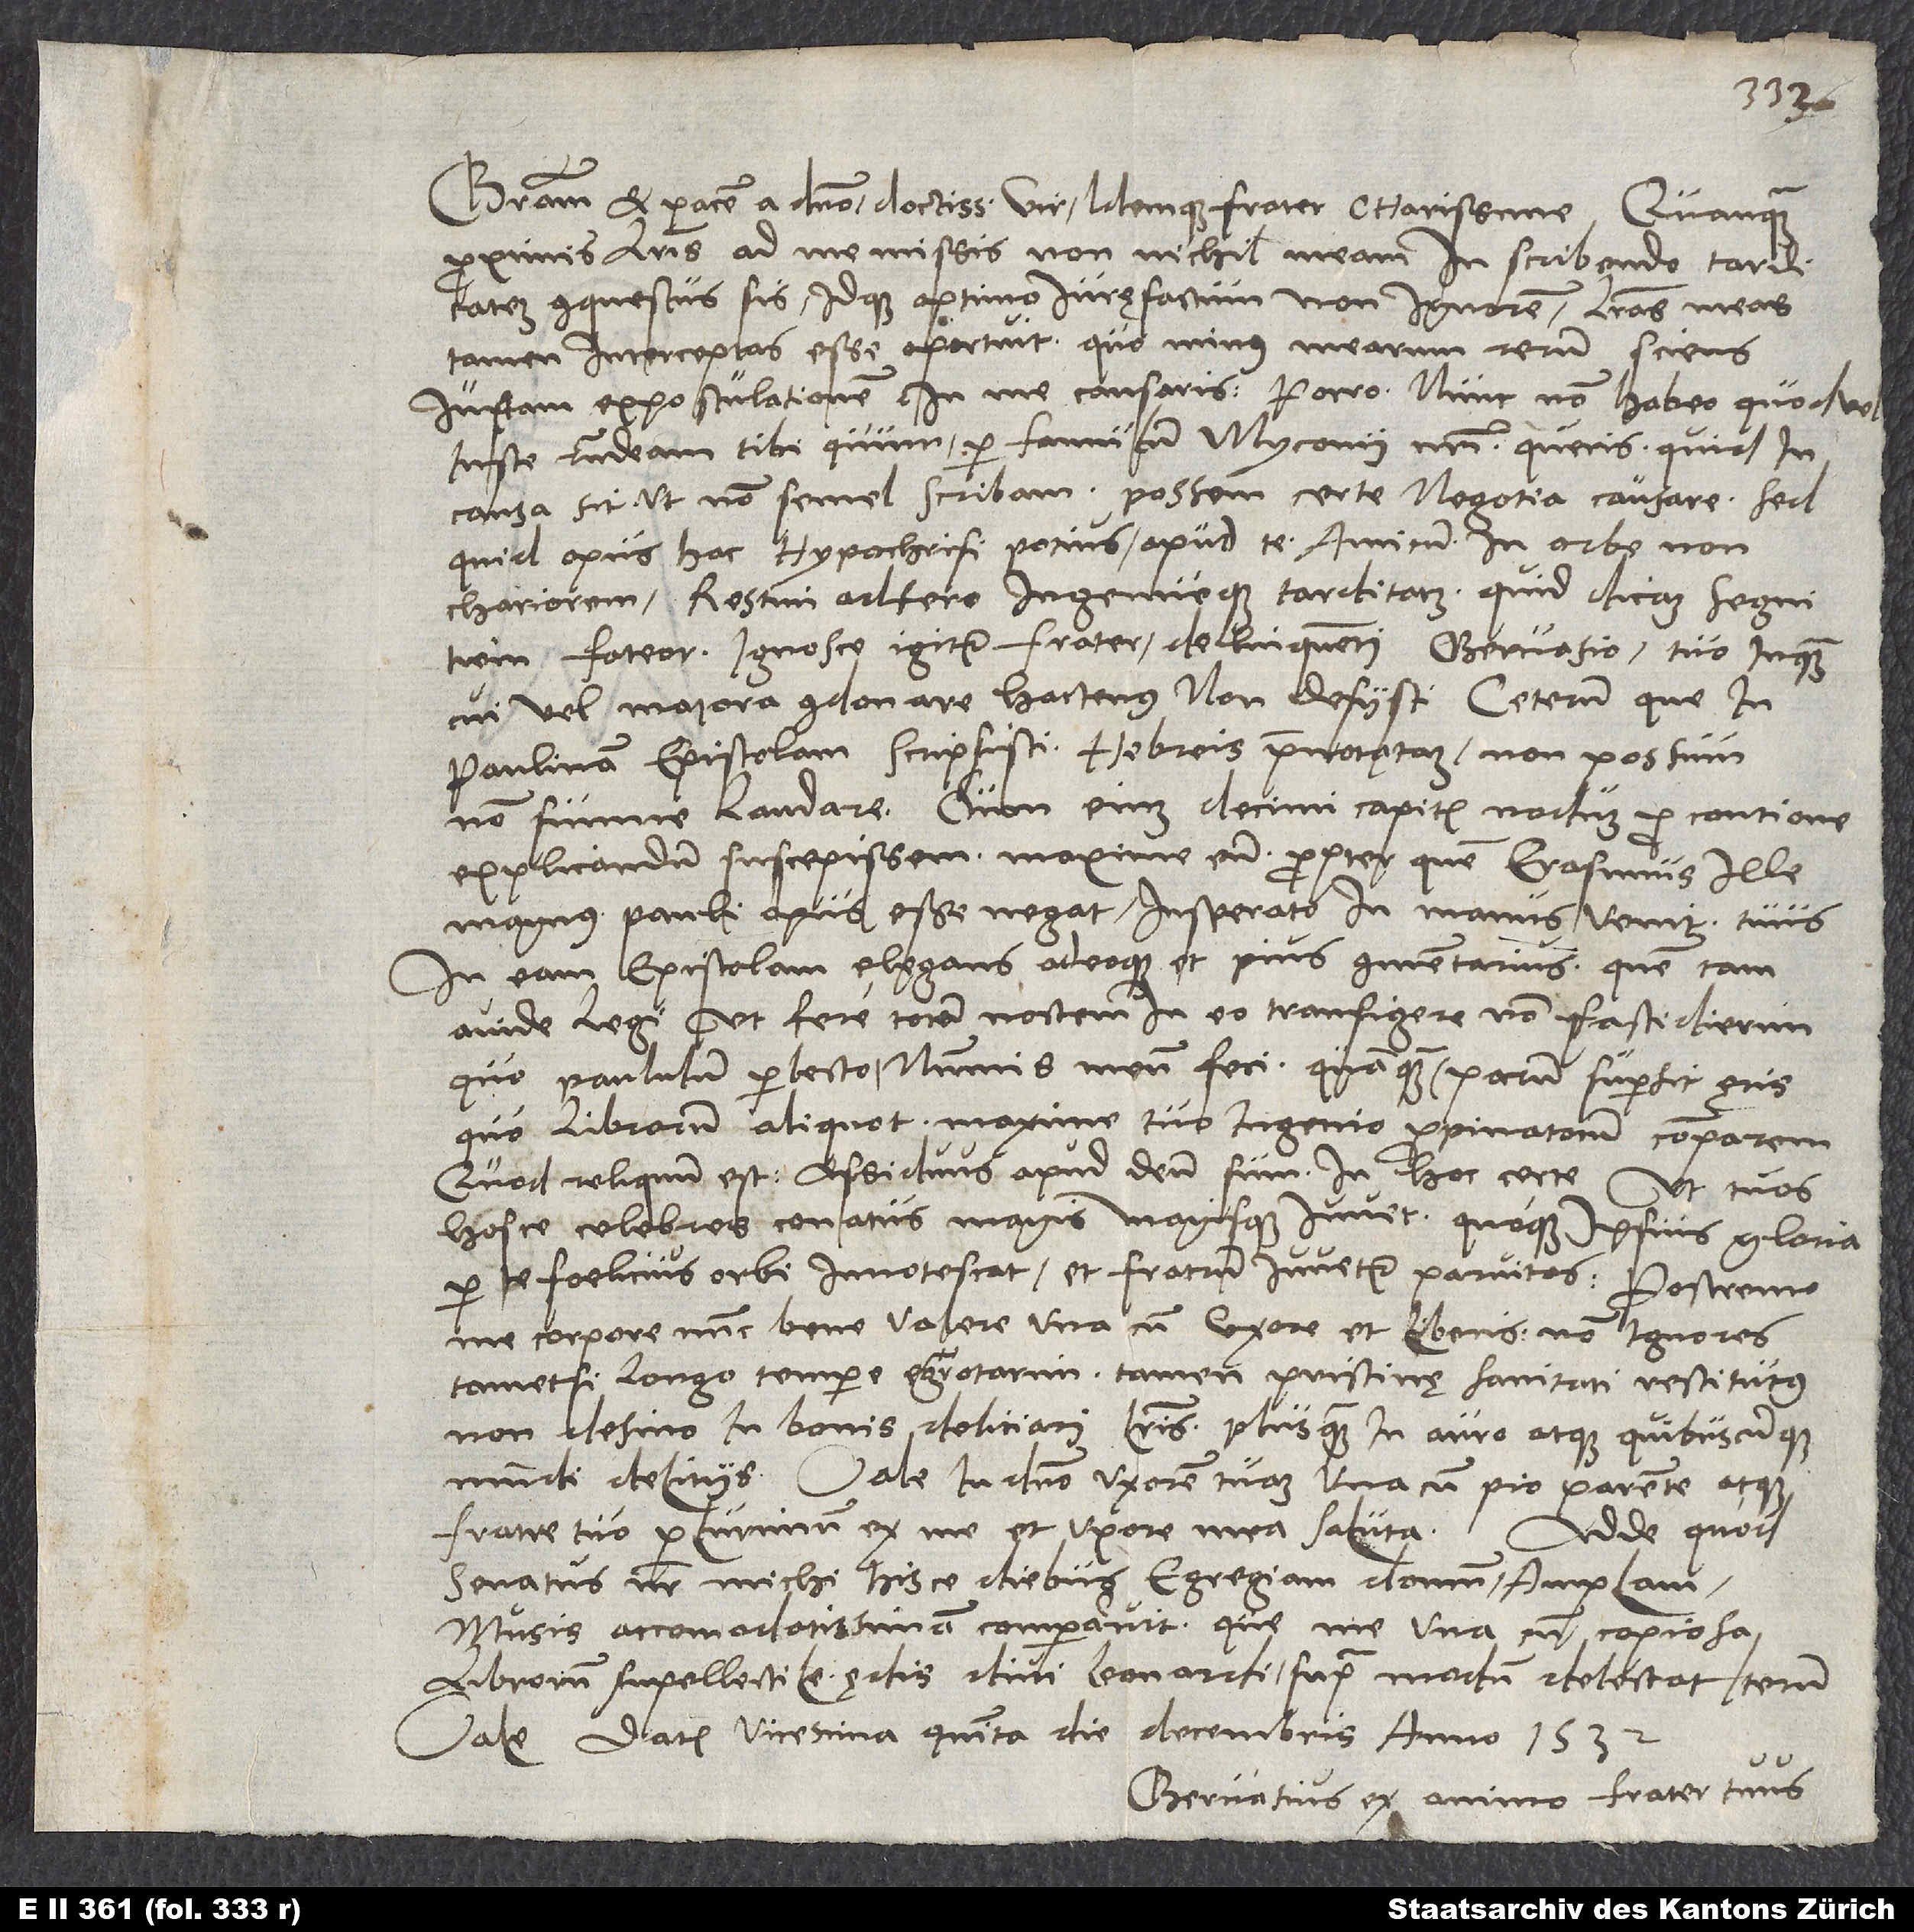
Gratiam et pacem a domino, doctissime vir idemque frater charissime. Quanquam
proximis litteris ad me missis nonnichil meam in scribendo tarditatem
conquestus sis idque optimo iurę factum non ignorem, litteras meas
tamen interceptas esse oportuit, quo minus mearum rerum sciens
iustam expostulationem in me causaris. Porro nunc non habeo, quod vel
iuste respondeam tibi, quum per famulum Myconii nostri queris, quid in
causa sit, ut non semel scribam. Possem certe negotia causare. Sed
quid opus hac hypochrisi? Potius apud te, amicum in orbe non
chariorem, restim adfero ingenueque tarditatem - quid dicam? segnitiem
fateor. Ignosce igitur, frater, delinquenti Gervasio, tuo inquam,
cui vel maiora condonare hactenus non desiisti. Ceterum que in
Paulinam Epistolam scripsisti Hebreis praenotatam, non possum
non summe laudare. Dum enim decimi capitis nodum pro contione
explicandum suscepissem, maxime eum, propter quem Erasmus ille
magnus Pauli opus esse negat, insperato in manus venit tuus
in eam epistolam elegans adeoque et pius commentarius, quem tam
avide legi, ut fere totam noctem in eo transigere non fastidierim.
Quo paululum perlecto nummis meum feci, quanquam parum supersit aęris,
quo librorum aliquot, maxime tuo ingenio propinatorum comparem.
Quod reliquum est: Assiduus apud deum sum in hoc certe, ut tuos
hosce celebres conatus magis magisque iuvet, quoque ipsius gloria
per te foelicius orbi innotescat et fratrum iuvetur parvitas. Postremo
me corpore nunc bene valere una cum uxore et liberis non ignores.
Tametsi longo tempore egrotarim, tamen pristinę sanitati restitutus
non desino in bonis deliciari litteris plus quam in auro atque quibuscumque
mundi deliciis. Vale in domino. Uxorem tuam una cum pio parente atque
fratre tuo plurimum ex me et uxore mea saluta.
Adde, quod
senatus noster michi hisce diebus egregiam domum, amplam,
musis accomodatissimam comparavit, que me una cum copiosa
librorum supellectile ędis divi Leonardi supra modum delectat. Iterum
vale. Datum vicesima quinta die decembris anno 1532.
Gervasius, ex animo frater tuus.